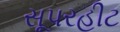
સૂપરહીટ